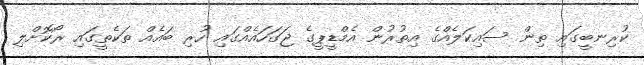
ކުރިނބީގައި ތިން ސައިކަލެއްގެ އިތުރުން އެމްޑީޕީގެ ޖަގަހައެއްގައި ހުރި ބައެއް ތަކެތީގައި ރޯކޮށްލި